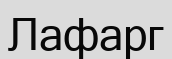
Лафарг